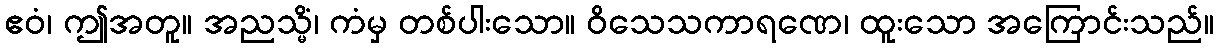
ဧဝံ၊ ဤအတူ။ အညသ္မိံ၊ ကံမှ တစ်ပါးသော။ ဝိသေသကာရဏေ၊ ထူးသော အကြောင်းသည်။